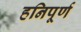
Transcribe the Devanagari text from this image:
हनिपूर्ण